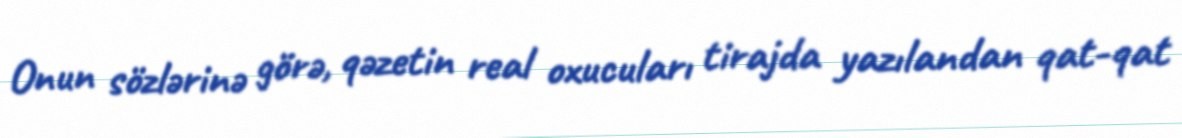
Onun sözlərinə görə, qəzetin real oxucuları tirajda yazılandan qat-qat